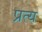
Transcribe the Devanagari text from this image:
प्रत्य